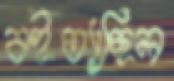
বইত্যাছিল